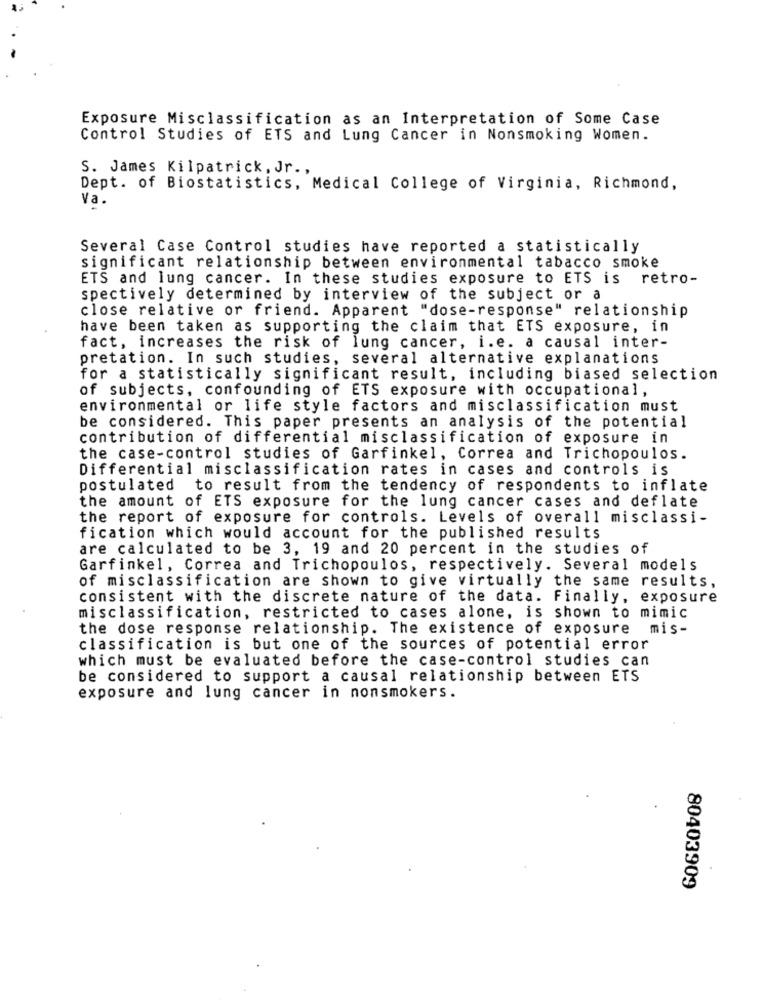
Exposure Misclassification as an Interpretation of Some Case
Control Studies of ETS and Lung Cancer in Nonsmoking Women.
S. James Kilpatrick, Jr .,
Dept. of Biostatistics, Medical College of Virginia, Richmond,
Va.
Several Case Control studies have reported a statistically
significant relationship between environmental tabacco smoke
ETS and lung cancer. In these studies exposure to ETS is retro-
spectively determined by interview of the subject or a
close relative or friend. Apparent "dose-response" relationship
have been taken as supporting the claim that ETS exposure, in
fact, increases the risk of lung cancer, i.e. a causal inter-
pretation. In such studies, several alternative explanations
for a statistically significant result, including biased selection
of subjects, confounding of ETS exposure with occupational,
environmental or life style factors and misclassification must
be considered. This paper presents an analysis of the potential
contribution of differential misclassification of exposure in
the case-control studies of Garfinkel, Correa and Trichopoulos.
Differential misclassification rates in cases and controls is
postulated
to result from the tendency of respondents to inflate
the amount of ETS exposure for the lung cancer cases and deflate
the report of exposure for controls. Levels of overall misclassi-
fication which would account for the published results
are calculated to be 3, 19 and 20 percent in the studies of
Garfinkel, Correa and Trichopoulos, respectively. Several models
of misclassification are shown to give virtually the same results,
consistent with the discrete nature of the data. Finally, exposure
misclassification, restricted to cases alone, is shown to mimic
the dose response relationship. The existence of exposure mis-
classification is but one of the sources of potential error
which must be evaluated before the case-control studies can
be considered to support a causal relationship between ETS
exposure and lung cancer in nonsmokers.
80403909